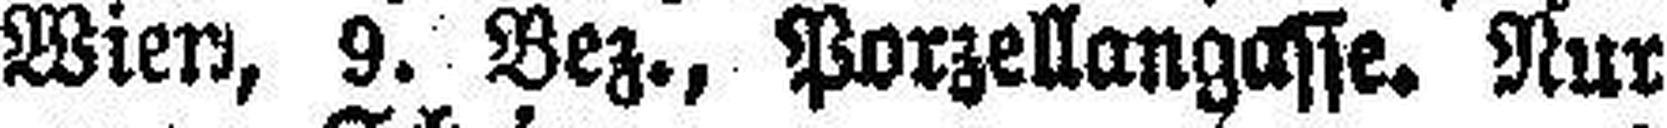
Wien, 9. Bez., Porzellangasse. Nur